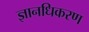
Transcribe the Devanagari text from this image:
ज्ञानधिकरण